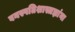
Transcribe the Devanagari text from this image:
वनस्पतिशास्त्रज्ञांना